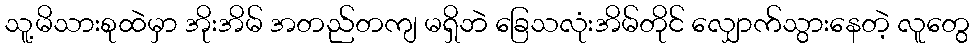
သူ့မိသားစုထဲမှာ အိုးအိမ် အတည်တကျ မရှိဘဲ ခြေသလုံးအိမ်တိုင် လျှောက်သွားနေတဲ့ လူတွေ